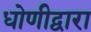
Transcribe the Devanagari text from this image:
धोणीद्वारा